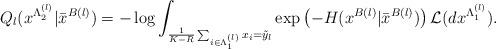
LaTeX: \begin{align*}Q_l (x^{\Lambda_2 ^{(l)}} | \bar{x}^{B(l)} ) = - \log \int_{\frac{1}{K-R}\sum_{i \in \Lambda_1^{(l)}} x_i = \tilde{y}_l } \exp\left( - H(x^{B(l)} | \bar{x}^{B(l)} ) \right)\mathcal{L}(d x^{\Lambda_1^{(l)}}).\end{align*}